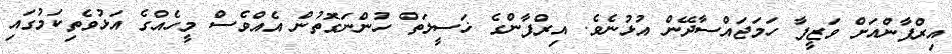
އިރްފާންއަށް ވަޒީފާ ހަމަޖައްސާދޭން އުޅުނެވެ. އިރްފާންގެ ޚަސީލަތް ހުންނަގޮތުން އެއްވެސް މީހެއްގެ އަޅުވެތިކަމުގައި